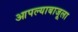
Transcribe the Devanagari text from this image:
आपल्याबाजूला